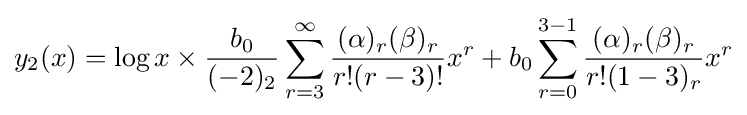
y_{2}(x)=\log x\times {\frac {b_{0}}{(-2)_{2}}}\sum _{r=3}^{\infty }{\frac {(\alpha )_{r}(\beta )_{r}}{r!(r-3)!}}x^{r}+b_{0}\sum _{r=0}^{3-1}{\frac {(\alpha )_{r}(\beta )_{r}}{r!(1-3)_{r}}}x^{r}